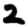
Digit: 2